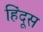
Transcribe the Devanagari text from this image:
हिंदूस